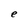
Character: e